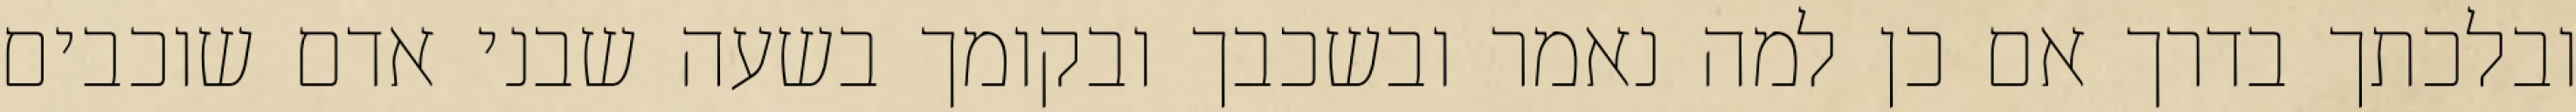
ובלכתך בדרך אם כן למה נאמר ובשכבך ובקומך בשעה שבני אדם שוכבים